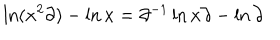
LaTeX: \ln ( x ^ { 2 } \partial ) - \ln x = \partial ^ { - 1 } \ln x \partial - \ln \partial